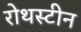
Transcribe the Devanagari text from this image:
रोथस्टीन